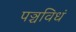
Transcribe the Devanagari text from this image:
पञ्चविधं